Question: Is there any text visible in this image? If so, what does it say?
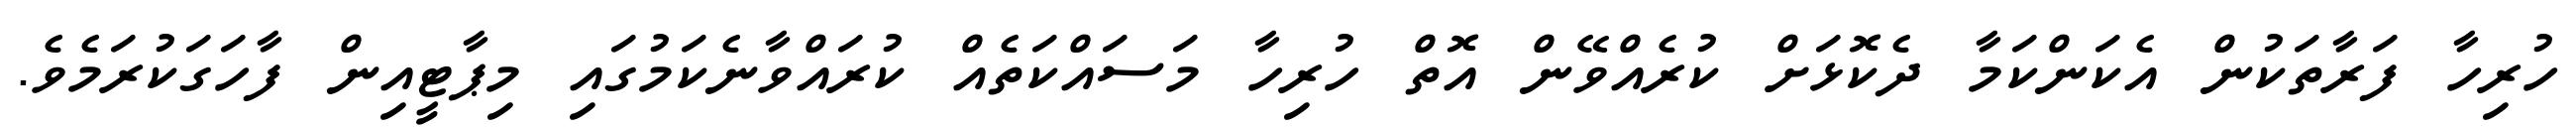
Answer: ހުރިހާ ފަރާތަކުން އެކަންކަމާ ދެކޮޅަށް ކުރެއްވޭން އޮތް ހުރިހާ މަސައްކަތެއް ކުރައްވާނެކަމުގައި މިޕާޓީއިން ފާހަގަކުރަމެވެ.